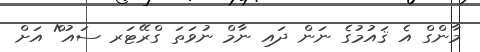
މާންގް އެ ޤައުމުގެ ނަން ދައި ނާމް ނުވަތަ ގްރޭޓަރ ސައު^ް އަށް